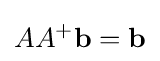
AA^{+}\mathbf {b} =\mathbf {b}